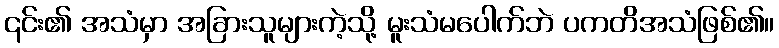
၎င်း၏ အသံမှာ အခြားသူများကဲ့သို့ မူးသံမပေါက်ဘဲ ပကတိအသံဖြစ်၏။